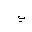
Letter: _ya